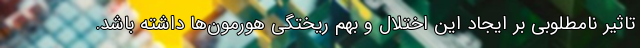
تاثیر نامطلوبی بر ایجاد این اختلال و بهم ریختگی هورمون‌ها داشته باشد.